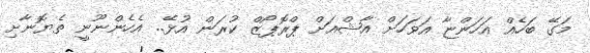
މަގޭ ބަހެއް އަހަންޏާ އަވަހަށް އާޝްއަށް ޕްރޮޕޯޒް ކުރަން އުޅޭ.. އެހެންނޫނީ ތެޔޮނާށި